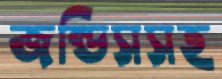
জন্ডিসসহ